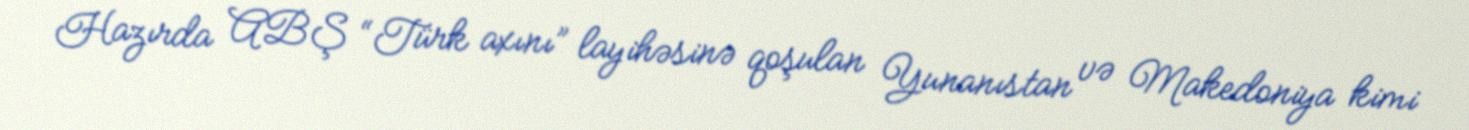
Hazırda ABŞ “Türk axını” layihəsinə qoşulan Yunanıstan və Makedoniya kimi